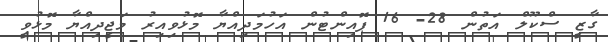
ގާޒީ ސްކޫލް އަތުން 28- 16 ޕޮއިންޓުން އަހުމަދިއްޔާ މޮޅުވިއިރު މަޖީދިއްޔާ މޮޅުވީ